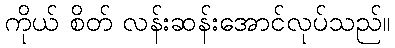
ကိုယ် စိတ် လန်းဆန်းအောင်လုပ်သည်။